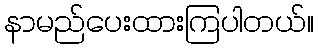
နာမည်ပေးထားကြပါတယ်။